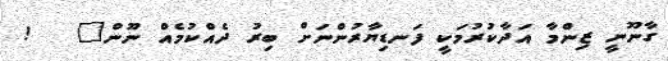
ގާނޫނީ ޒިންމާ އަދާކުރުމަކީ ފަނޑިޔާރުންނަށް ބިރު ދެއްކުމެއް ނޫން"   !